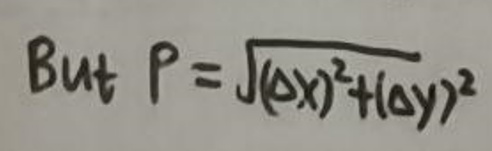
But \(P = \sqrt{(\Delta x)^{2}+(\Delta y)^{2}}\)